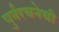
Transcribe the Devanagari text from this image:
पुर्नरचनेची